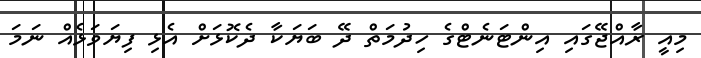
މިއީ ރާއްޖޭގައި އިންޓަނެޓްގެ ހިދުމަތް ދޭ ބަޔަކާ ދެކޮޅަށް އެޅި ފިޔަވަޅެއް ނަމަ